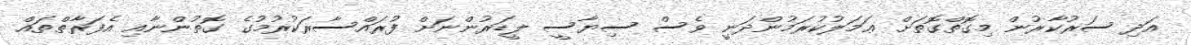
އަދި ސަރުކާރުން މިގޮތްގޮތަށް ޢަމަލުކުރަމުންދަނީ ވެސް ސިޔާސީ ލީޑަރުންނަށް ފުރައްސާރަކުރުމުގެ ގޮތުންނާއި އެފަރާތްތައް